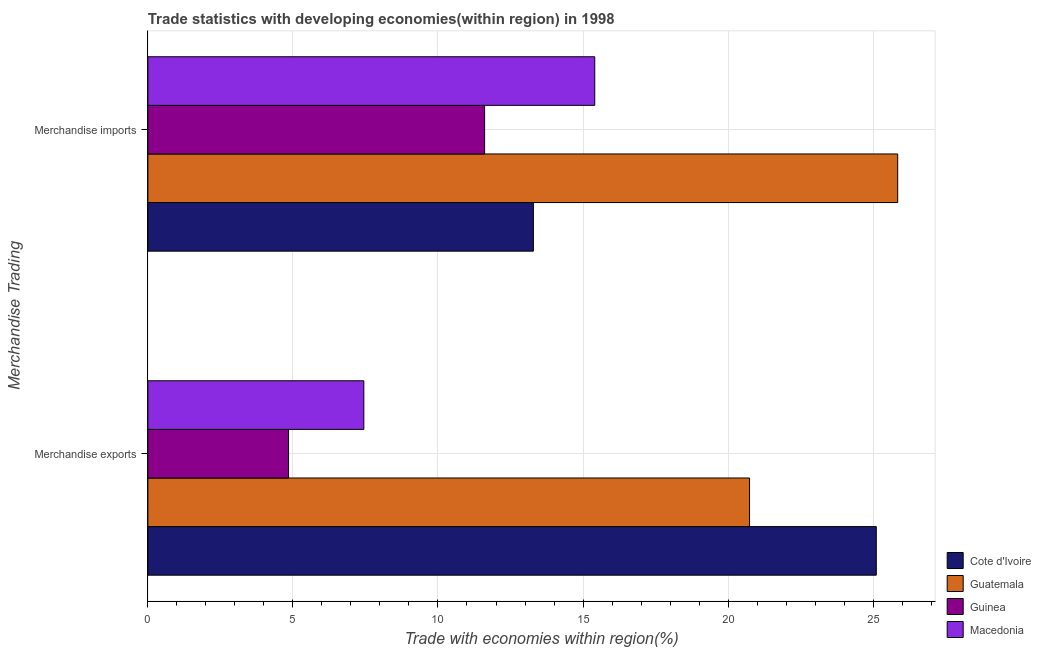
| Merchandise Trading | Cote d'Ivoire | Guatemala | Guinea | Macedonia |
 | --- | --- | --- | --- | --- |
 | Merchandise exports | 25.1 | 20.7 | 4.85 | 7.44 |
 | Merchandise imports | 13.3 | 25.8 | 11.6 | 15.4 |